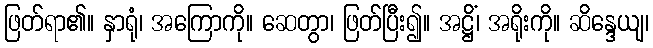
ဖြတ်ရာ၏။ နှာရုံ၊ အကြောကို။ ဆေတွာ၊ ဖြတ်ပြီး၍။ အဋ္ဌိံ၊ အရိုးကို။ ဆိန္ဒေယျ၊